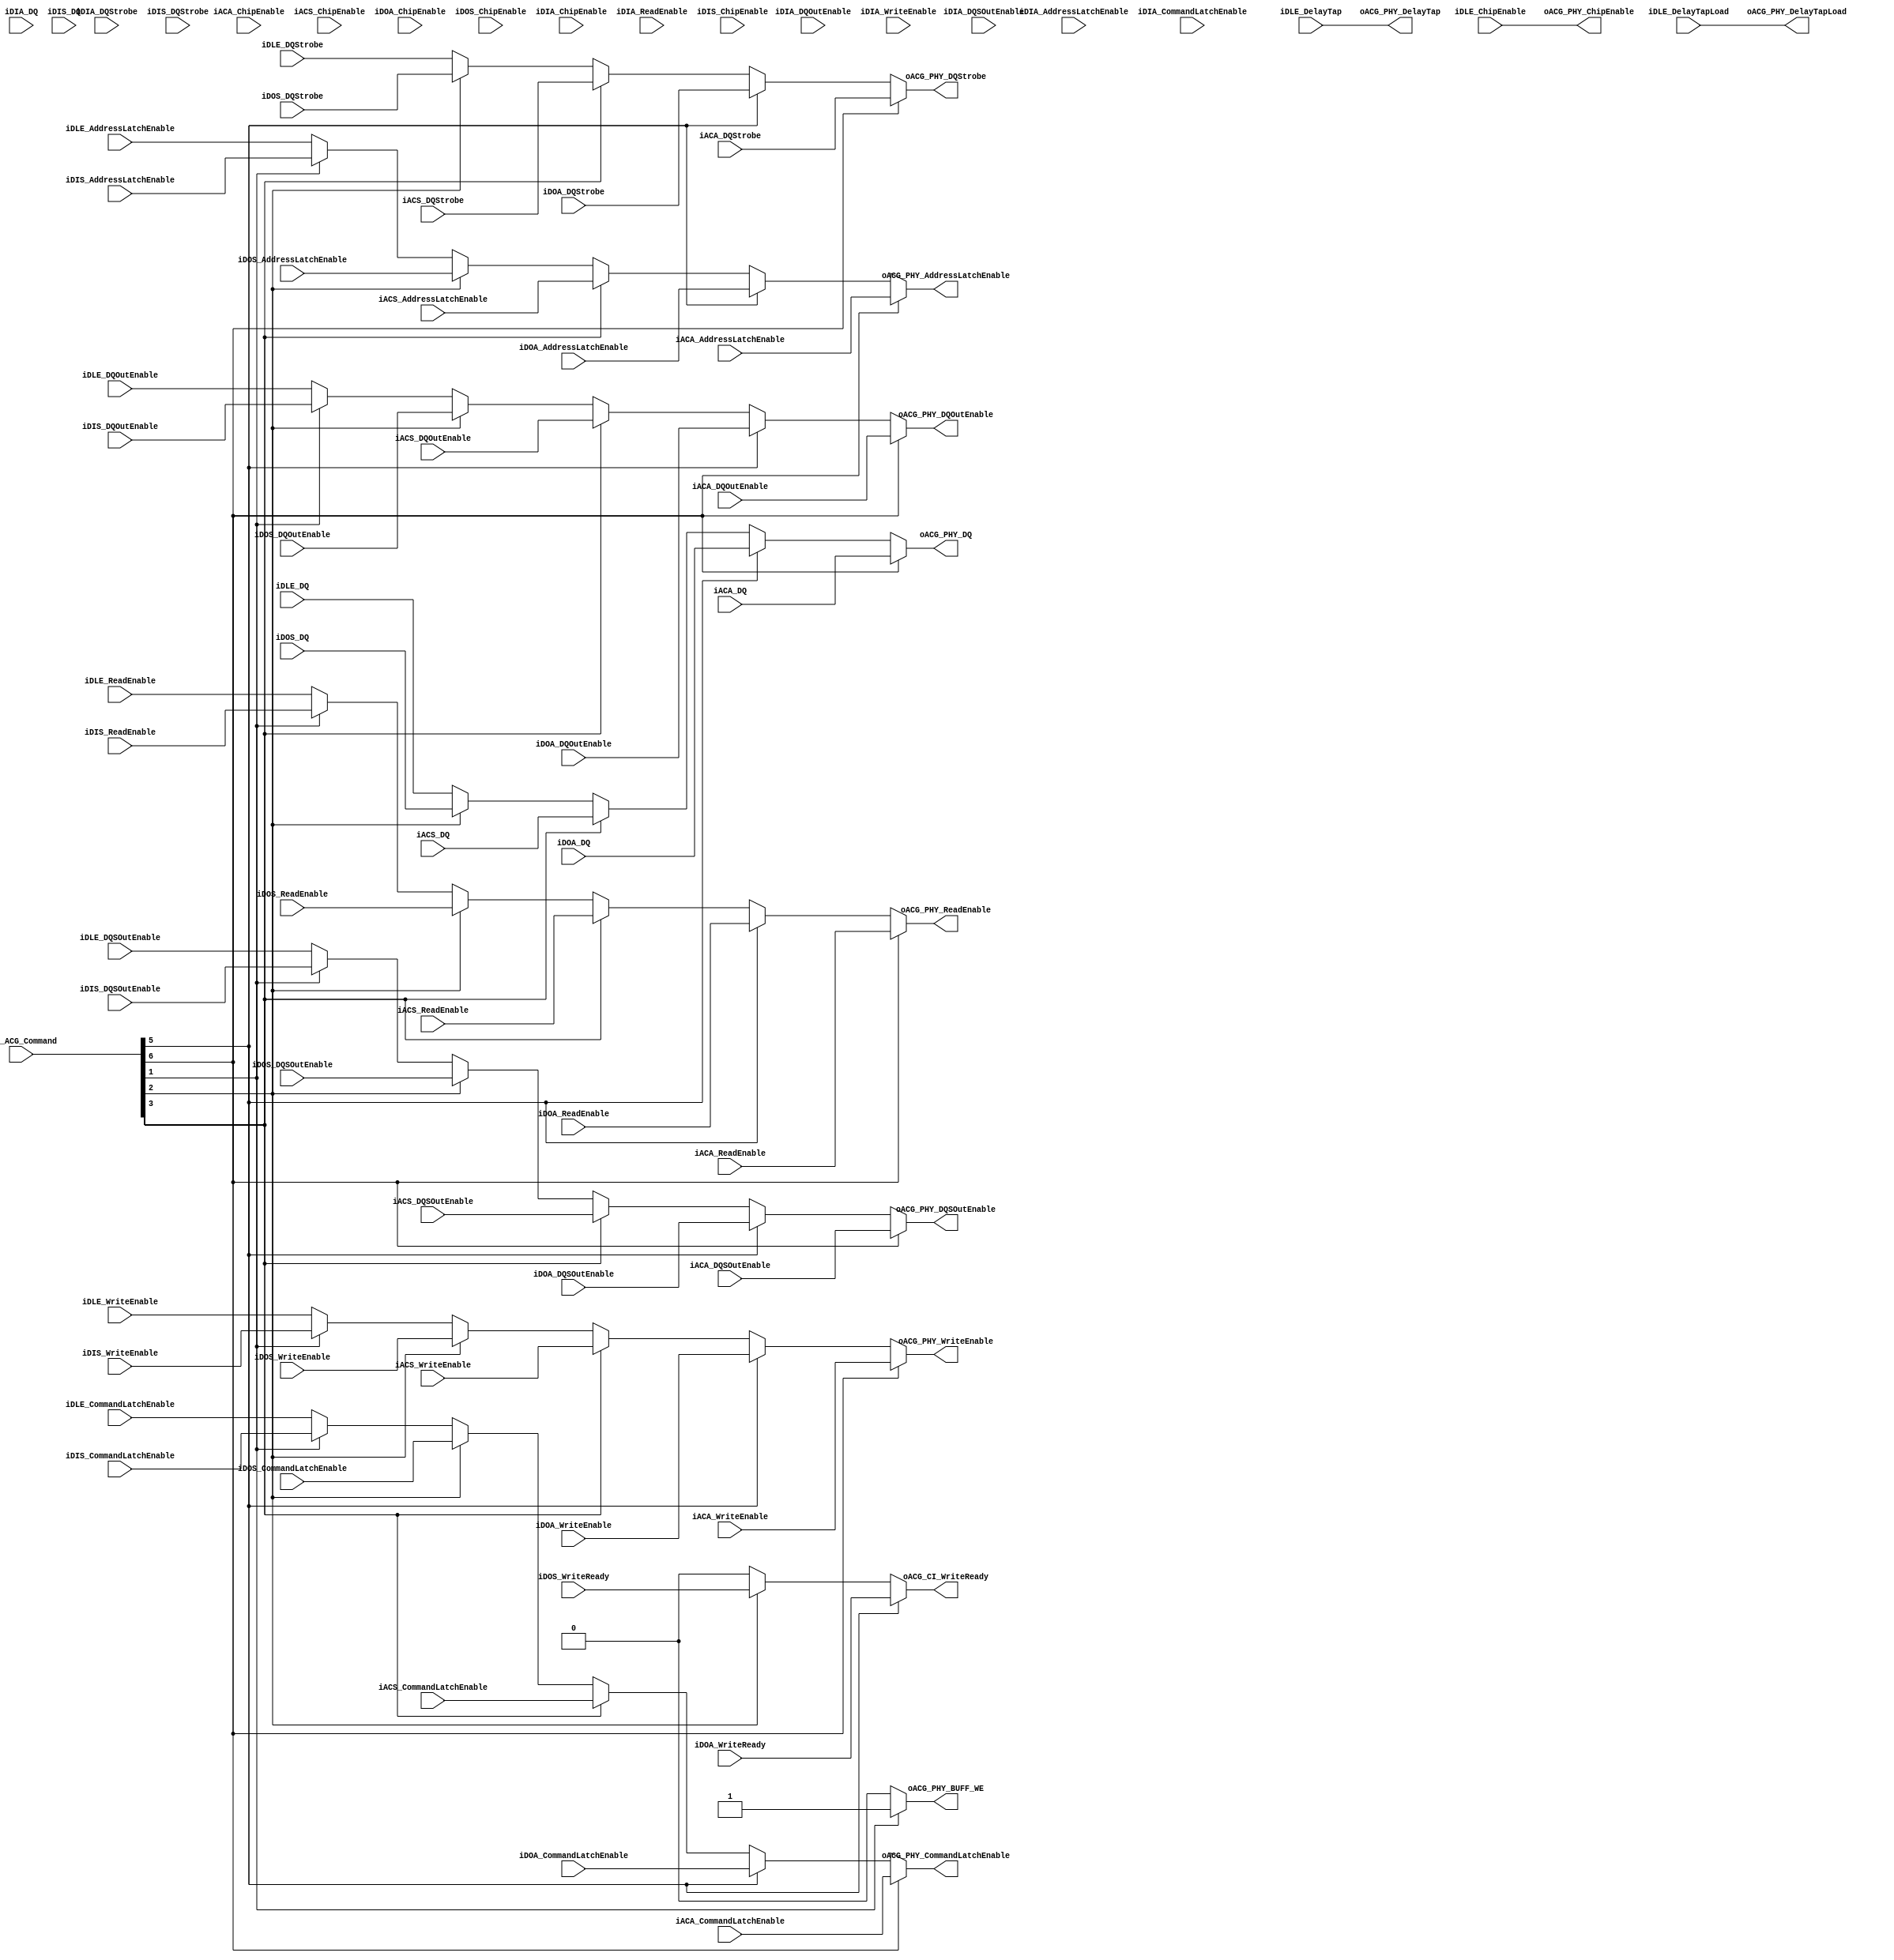
`timescale 1ns / 1ps

module NFC_Atom_Command_Generator_to_Physical_Mux
#
(
    parameter NumberOfWays    =   4
)
(
    iCI_ACG_Command             ,

    // iCI_ACG_WriteData           ,
    // iCI_ACG_WriteLast           ,
    // iCI_ACG_WriteValid          ,
    oACG_CI_WriteReady          ,

    iDLE_DQSOutEnable           ,
    iDLE_DQOutEnable            ,
    iDLE_DQStrobe               ,
    iDLE_DQ                     ,
    iDLE_ChipEnable             ,
    iDLE_ReadEnable             ,
    iDLE_WriteEnable            ,
    iDLE_AddressLatchEnable     ,
    iDLE_CommandLatchEnable     ,

    iDLE_DelayTapLoad           ,
    iDLE_DelayTap               ,

    iACA_DQSOutEnable           ,
    iACA_DQOutEnable            ,
    iACA_DQStrobe               ,
    iACA_DQ                     ,
    iACA_ChipEnable             ,
    iACA_ReadEnable             ,
    iACA_WriteEnable            ,
    iACA_AddressLatchEnable     ,
    iACA_CommandLatchEnable     ,

    iACS_DQSOutEnable           ,
    iACS_DQOutEnable            ,
    iACS_DQStrobe               ,
    iACS_DQ                     ,
    iACS_ChipEnable             ,
    iACS_ReadEnable             ,
    iACS_WriteEnable            ,
    iACS_AddressLatchEnable     ,
    iACS_CommandLatchEnable     ,

    // oDOA_WriteData              ,
    // oDOA_WriteLast              ,
    // oDOA_WriteValid             ,
    iDOA_WriteReady             ,

    iDOA_DQSOutEnable           ,
    iDOA_DQOutEnable            ,
    iDOA_DQStrobe               ,
    iDOA_DQ                     ,
    iDOA_ChipEnable             ,
    iDOA_ReadEnable             ,
    iDOA_WriteEnable            ,
    iDOA_AddressLatchEnable     ,
    iDOA_CommandLatchEnable     ,

    // oDOS_WriteData              ,
    // oDOS_WriteLast              ,
    // oDOS_WriteValid             ,
    iDOS_WriteReady             ,

    iDOS_DQSOutEnable           ,
    iDOS_DQOutEnable            ,
    iDOS_DQStrobe               ,
    iDOS_DQ                     ,
    iDOS_ChipEnable             ,
    iDOS_ReadEnable             ,
    iDOS_WriteEnable            ,
    iDOS_AddressLatchEnable     ,
    iDOS_CommandLatchEnable     ,

    iDIA_DQSOutEnable           ,
    iDIA_DQOutEnable            ,
    iDIA_DQStrobe               ,
    iDIA_DQ                     ,
    iDIA_ChipEnable             ,
    iDIA_ReadEnable             ,
    iDIA_WriteEnable            ,
    iDIA_AddressLatchEnable     ,
    iDIA_CommandLatchEnable     ,

    iDIS_DQSOutEnable           ,
    iDIS_DQOutEnable            ,
    iDIS_DQStrobe               ,
    iDIS_DQ                     ,
    iDIS_ChipEnable             ,
    iDIS_ReadEnable             ,
    iDIS_WriteEnable            ,
    iDIS_AddressLatchEnable     ,
    iDIS_CommandLatchEnable     ,

    oACG_PHY_DQSOutEnable       ,
    oACG_PHY_DQOutEnable        ,
    oACG_PHY_DQStrobe           ,
    oACG_PHY_DQ                 ,
    oACG_PHY_ChipEnable         ,
    oACG_PHY_ReadEnable         ,
    oACG_PHY_WriteEnable        ,
    oACG_PHY_AddressLatchEnable ,
    oACG_PHY_CommandLatchEnable ,

    oACG_PHY_BUFF_WE            ,

    oACG_PHY_DelayTapLoad       ,
    oACG_PHY_DelayTap           


);
    input  [7:0]                   iCI_ACG_Command             ;

    // input   [31:0]                 iCI_ACG_WriteData           ;
    // input                          iCI_ACG_WriteLast           ;
    // input                          iCI_ACG_WriteValid          ;
    output                         oACG_CI_WriteReady          ;

    input                          iDLE_DQSOutEnable           ;
    input                          iDLE_DQOutEnable            ;
    input  [7:0]                   iDLE_DQStrobe               ;
    input  [31:0]                  iDLE_DQ                     ;
    input  [2*NumberOfWays - 1:0]  iDLE_ChipEnable             ;
    input  [3:0]                   iDLE_ReadEnable             ;
    input  [3:0]                   iDLE_WriteEnable            ;
    input  [3:0]                   iDLE_AddressLatchEnable     ;
    input  [3:0]                   iDLE_CommandLatchEnable     ;

    input                          iDLE_DelayTapLoad           ;
    input  [4:0]                   iDLE_DelayTap               ;

    input                          iACA_DQSOutEnable           ;
    input                          iACA_DQOutEnable            ;
    input  [7:0]                   iACA_DQStrobe               ;
    input  [31:0]                  iACA_DQ                     ;
    input  [2*NumberOfWays - 1:0]  iACA_ChipEnable             ;
    input  [3:0]                   iACA_ReadEnable             ;
    input  [3:0]                   iACA_WriteEnable            ;
    input  [3:0]                   iACA_AddressLatchEnable     ;
    input  [3:0]                   iACA_CommandLatchEnable     ;

    input                          iACS_DQSOutEnable           ;
    input                          iACS_DQOutEnable            ;
    input  [7:0]                   iACS_DQStrobe               ;
    input  [31:0]                  iACS_DQ                     ;
    input  [2*NumberOfWays - 1:0]  iACS_ChipEnable             ;
    input  [3:0]                   iACS_ReadEnable             ;
    input  [3:0]                   iACS_WriteEnable            ;
    input  [3:0]                   iACS_AddressLatchEnable     ;
    input  [3:0]                   iACS_CommandLatchEnable     ;

    // output   [31:0]                oDOA_WriteData              ;
    // output                         oDOA_WriteLast              ;
    // output                         oDOA_WriteValid             ;
    input                          iDOA_WriteReady             ;

    input                          iDOA_DQSOutEnable           ;
    input                          iDOA_DQOutEnable            ;
    input  [7:0]                   iDOA_DQStrobe               ;
    input  [31:0]                  iDOA_DQ                     ;
    input  [2*NumberOfWays - 1:0]  iDOA_ChipEnable             ;
    input  [3:0]                   iDOA_ReadEnable             ;
    input  [3:0]                   iDOA_WriteEnable            ;
    input  [3:0]                   iDOA_AddressLatchEnable     ;
    input  [3:0]                   iDOA_CommandLatchEnable     ;

    // output   [31:0]                oDOS_WriteData              ;
    // output                         oDOS_WriteLast              ;
    // output                         oDOS_WriteValid             ;
    input                          iDOS_WriteReady             ;

    input                          iDOS_DQSOutEnable           ;
    input                          iDOS_DQOutEnable            ;
    input  [7:0]                   iDOS_DQStrobe               ;
    input  [31:0]                  iDOS_DQ                     ;
    input  [2*NumberOfWays - 1:0]  iDOS_ChipEnable             ;
    input  [3:0]                   iDOS_ReadEnable             ;
    input  [3:0]                   iDOS_WriteEnable            ;
    input  [3:0]                   iDOS_AddressLatchEnable     ;
    input  [3:0]                   iDOS_CommandLatchEnable     ;

    input                          iDIA_DQSOutEnable           ;
    input                          iDIA_DQOutEnable            ;
    input  [7:0]                   iDIA_DQStrobe               ;
    input  [31:0]                  iDIA_DQ                     ;
    input  [2*NumberOfWays - 1:0]  iDIA_ChipEnable             ;
    input  [3:0]                   iDIA_ReadEnable             ;
    input  [3:0]                   iDIA_WriteEnable            ;
    input  [3:0]                   iDIA_AddressLatchEnable     ;
    input  [3:0]                   iDIA_CommandLatchEnable     ;

    input                          iDIS_DQSOutEnable           ;
    input                          iDIS_DQOutEnable            ;
    input  [7:0]                   iDIS_DQStrobe               ;
    input  [31:0]                  iDIS_DQ                     ;
    input  [2*NumberOfWays - 1:0]  iDIS_ChipEnable             ;
    input  [3:0]                   iDIS_ReadEnable             ;
    input  [3:0]                   iDIS_WriteEnable            ;
    input  [3:0]                   iDIS_AddressLatchEnable     ;
    input  [3:0]                   iDIS_CommandLatchEnable     ;

    output                         oACG_PHY_DQSOutEnable       ;
    output                         oACG_PHY_DQOutEnable        ;
    output  [7:0]                  oACG_PHY_DQStrobe           ;
    output  [31:0]                 oACG_PHY_DQ                 ;
    output  [2*NumberOfWays - 1:0] oACG_PHY_ChipEnable         ;
    output  [3:0]                  oACG_PHY_ReadEnable         ;
    output  [3:0]                  oACG_PHY_WriteEnable        ;
    output  [3:0]                  oACG_PHY_AddressLatchEnable ;
    output  [3:0]                  oACG_PHY_CommandLatchEnable ;

    output                         oACG_PHY_BUFF_WE            ;

    output                         oACG_PHY_DelayTapLoad       ;
    output  [4:0]                  oACG_PHY_DelayTap           ;

    reg                            rACG_CI_WriteReady          ;

    // reg   [31:0]                   rDOA_WriteData              ;
    // reg                            rDOA_WriteLast              ;
    // reg                            rDOA_WriteValid             ;

    // reg   [31:0]                   rDOS_WriteData              ;
    // reg                            rDOS_WriteLast              ;
    // reg                            rDOS_WriteValid             ;

    reg                            rACG_PHY_DQSOutEnable       ;
    reg                            rACG_PHY_DQOutEnable        ;
    reg  [7:0]                     rACG_PHY_DQStrobe           ;
    reg  [31:0]                    rACG_PHY_DQ                 ;
    reg  [2*NumberOfWays - 1:0]    rACG_PHY_ChipEnable         ;
    reg  [3:0]                     rACG_PHY_ReadEnable         ;
    reg  [3:0]                     rACG_PHY_WriteEnable        ;
    reg  [3:0]                     rACG_PHY_AddressLatchEnable ;
    reg  [3:0]                     rACG_PHY_CommandLatchEnable ;

    reg                            rACG_PHY_BUFF_WE            ;

    reg                            rACG_PHY_DelayTapLoad       ;
    reg  [4:0]                     rACG_PHY_DelayTap           ;
    // iCI_ACG_Command[6]: C/A Latch async
    // iCI_ACG_Command[5]: Data Out  async
    // iCI_ACG_Command[4]: Data In   async

    // iCI_ACG_Command[3]: C/A Latch sync
    // iCI_ACG_Command[2]: Data Out  sync
    // iCI_ACG_Command[1]: Data In   sync

    // iCI_ACG_Command[0]: Timer
    
    always @ (*) begin
        if          (iCI_ACG_Command[6]) begin rACG_PHY_DQSOutEnable <= iACA_DQSOutEnable;
        end else if (iCI_ACG_Command[5]) begin rACG_PHY_DQSOutEnable <= iDOA_DQSOutEnable;
        // end else if (iCI_ACG_Command[4]) begin rACG_PHY_DQSOutEnable <= iDIA_DQSOutEnable;
        end else if (iCI_ACG_Command[3]) begin rACG_PHY_DQSOutEnable <= iACS_DQSOutEnable;
        end else if (iCI_ACG_Command[2]) begin rACG_PHY_DQSOutEnable <= iDOS_DQSOutEnable;
        end else if (iCI_ACG_Command[1]) begin rACG_PHY_DQSOutEnable <= iDIS_DQSOutEnable;
        // end else if (iCI_ACG_Command[0]) begin rACG_PHY_DQSOutEnable <= iDLE_DQSOutEnable;
        end else                         begin rACG_PHY_DQSOutEnable <= iDLE_DQSOutEnable;
        end
    end

    always @ (*) begin
        if          (iCI_ACG_Command[6]) begin rACG_PHY_DQOutEnable <= iACA_DQOutEnable;
        end else if (iCI_ACG_Command[5]) begin rACG_PHY_DQOutEnable <= iDOA_DQOutEnable;
        // end else if (iCI_ACG_Command[4]) begin rACG_PHY_DQOutEnable <= iDIA_DQOutEnable;
        end else if (iCI_ACG_Command[3]) begin rACG_PHY_DQOutEnable <= iACS_DQOutEnable;
        end else if (iCI_ACG_Command[2]) begin rACG_PHY_DQOutEnable <= iDOS_DQOutEnable;
        end else if (iCI_ACG_Command[1]) begin rACG_PHY_DQOutEnable <= iDIS_DQOutEnable;
        // end else if (iCI_ACG_Command[0]) begin rACG_PHY_DQOutEnable <= iDLE_DQOutEnable;
        end else                         begin rACG_PHY_DQOutEnable <= iDLE_DQOutEnable;
        end
    end

    always @ (*) begin
        if          (iCI_ACG_Command[6]) begin rACG_PHY_DQStrobe <= iACA_DQStrobe;
        end else if (iCI_ACG_Command[5]) begin rACG_PHY_DQStrobe <= iDOA_DQStrobe;
        // end else if (iCI_ACG_Command[4]) begin rACG_PHY_DQStrobe <= iDIA_DQStrobe;
        end else if (iCI_ACG_Command[3]) begin rACG_PHY_DQStrobe <= iACS_DQStrobe;
        end else if (iCI_ACG_Command[2]) begin rACG_PHY_DQStrobe <= iDOS_DQStrobe;
        // end else if (iCI_ACG_Command[1]) begin rACG_PHY_DQStrobe <= iDIS_DQStrobe;
        // end else if (iCI_ACG_Command[0]) begin rACG_PHY_DQStrobe <= iDLE_DQStrobe;
        end else                         begin rACG_PHY_DQStrobe <= iDLE_DQStrobe;
        end
    end

    always @ (*) begin
        if          (iCI_ACG_Command[6]) begin rACG_PHY_DQ <= iACA_DQ;
        end else if (iCI_ACG_Command[5]) begin rACG_PHY_DQ <= iDOA_DQ;
        // end else if (iCI_ACG_Command[4]) begin rACG_PHY_DQ <= iDIA_DQ;
        end else if (iCI_ACG_Command[3]) begin rACG_PHY_DQ <= iACS_DQ;
        end else if (iCI_ACG_Command[2]) begin rACG_PHY_DQ <= iDOS_DQ;
        // end else if (iCI_ACG_Command[1]) begin rACG_PHY_DQ <= iDIS_DQ;
        // end else if (iCI_ACG_Command[0]) begin rACG_PHY_DQ <= iDLE_DQ;
        end else                         begin rACG_PHY_DQ <= iDLE_DQ;
        end
    end

    always @ (*) begin
        // if          (iCI_ACG_Command[6]) begin rACG_PHY_ChipEnable <= iACA_ChipEnable;
        // end else if (iCI_ACG_Command[5]) begin rACG_PHY_ChipEnable <= iDOA_ChipEnable;
        // end else if (iCI_ACG_Command[4]) begin rACG_PHY_ChipEnable <= iDIA_ChipEnable;
        // end else if (iCI_ACG_Command[3]) begin rACG_PHY_ChipEnable <= iACS_ChipEnable;
        // end else if (iCI_ACG_Command[2]) begin rACG_PHY_ChipEnable <= iDOS_ChipEnable;
        // end else if (iCI_ACG_Command[1]) begin rACG_PHY_ChipEnable <= iDIS_ChipEnable;
        // end else if (iCI_ACG_Command[0]) begin rACG_PHY_ChipEnable <= iDLE_ChipEnable;
        // end else                         begin 
        rACG_PHY_ChipEnable <= iDLE_ChipEnable;
        // end
    end

    always @ (*) begin
        if          (iCI_ACG_Command[6]) begin rACG_PHY_ReadEnable <= iACA_ReadEnable;
        end else if (iCI_ACG_Command[5]) begin rACG_PHY_ReadEnable <= iDOA_ReadEnable;
        // end else if (iCI_ACG_Command[4]) begin rACG_PHY_ReadEnable <= iDIA_ReadEnable;
        end else if (iCI_ACG_Command[3]) begin rACG_PHY_ReadEnable <= iACS_ReadEnable;
        end else if (iCI_ACG_Command[2]) begin rACG_PHY_ReadEnable <= iDOS_ReadEnable;
        end else if (iCI_ACG_Command[1]) begin rACG_PHY_ReadEnable <= iDIS_ReadEnable;
        // end else if (iCI_ACG_Command[0]) begin rACG_PHY_ReadEnable <= iDLE_ReadEnable;
        end else                         begin rACG_PHY_ReadEnable <= iDLE_ReadEnable;
        end
    end

    always @ (*) begin
        if          (iCI_ACG_Command[6]) begin rACG_PHY_WriteEnable <= iACA_WriteEnable;
        end else if (iCI_ACG_Command[5]) begin rACG_PHY_WriteEnable <= iDOA_WriteEnable;
        // end else if (iCI_ACG_Command[4]) begin rACG_PHY_WriteEnable <= iDIA_WriteEnable;
        end else if (iCI_ACG_Command[3]) begin rACG_PHY_WriteEnable <= iACS_WriteEnable;
        end else if (iCI_ACG_Command[2]) begin rACG_PHY_WriteEnable <= iDOS_WriteEnable;
        end else if (iCI_ACG_Command[1]) begin rACG_PHY_WriteEnable <= iDIS_WriteEnable;
        // end else if (iCI_ACG_Command[0]) begin rACG_PHY_WriteEnable <= iDLE_WriteEnable;
        end else                         begin rACG_PHY_WriteEnable <= iDLE_WriteEnable;
        end
    end

    always @ (*) begin
        if          (iCI_ACG_Command[6]) begin rACG_PHY_AddressLatchEnable <= iACA_AddressLatchEnable;
        end else if (iCI_ACG_Command[5]) begin rACG_PHY_AddressLatchEnable <= iDOA_AddressLatchEnable;
        // end else if (iCI_ACG_Command[4]) begin rACG_PHY_AddressLatchEnable <= iDIA_AddressLatchEnable;
        end else if (iCI_ACG_Command[3]) begin rACG_PHY_AddressLatchEnable <= iACS_AddressLatchEnable;
        end else if (iCI_ACG_Command[2]) begin rACG_PHY_AddressLatchEnable <= iDOS_AddressLatchEnable;
        end else if (iCI_ACG_Command[1]) begin rACG_PHY_AddressLatchEnable <= iDIS_AddressLatchEnable;
        // end else if (iCI_ACG_Command[0]) begin rACG_PHY_AddressLatchEnable <= iDLE_AddressLatchEnable;
        end else                         begin rACG_PHY_AddressLatchEnable <= iDLE_AddressLatchEnable;
        end
    end

    always @ (*) begin
        if          (iCI_ACG_Command[6]) begin rACG_PHY_CommandLatchEnable <= iACA_CommandLatchEnable;
        end else if (iCI_ACG_Command[5]) begin rACG_PHY_CommandLatchEnable <= iDOA_CommandLatchEnable;
        // end else if (iCI_ACG_Command[4]) begin rACG_PHY_CommandLatchEnable <= iDIA_CommandLatchEnable;
        end else if (iCI_ACG_Command[3]) begin rACG_PHY_CommandLatchEnable <= iACS_CommandLatchEnable;
        end else if (iCI_ACG_Command[2]) begin rACG_PHY_CommandLatchEnable <= iDOS_CommandLatchEnable;
        end else if (iCI_ACG_Command[1]) begin rACG_PHY_CommandLatchEnable <= iDIS_CommandLatchEnable;
        // end else if (iCI_ACG_Command[0]) begin rACG_PHY_CommandLatchEnable <= iDLE_CommandLatchEnable;
        end else                         begin rACG_PHY_CommandLatchEnable <= iDLE_CommandLatchEnable;
        end
    end


    always @ (*) begin
        // if          (iCI_ACG_Command[6]) begin rACG_CI_WriteReady <= iACA_CommandLatchEnable;
        // end else 
        if          (iCI_ACG_Command[5]) begin rACG_CI_WriteReady <= iDOA_WriteReady;
        // end else if (iCI_ACG_Command[4]) begin rACG_CI_WriteReady <= iDIA_CommandLatchEnable;
        // end else if (iCI_ACG_Command[3]) begin rACG_CI_WriteReady <= iACS_CommandLatchEnable;
        end else if (iCI_ACG_Command[2]) begin rACG_CI_WriteReady <= iDOS_WriteReady;
        // end else if (iCI_ACG_Command[1]) begin rACG_CI_WriteReady <= iDIS_CommandLatchEnable;
        // end else if (iCI_ACG_Command[0]) begin rACG_CI_WriteReady <= iDLE_CommandLatchEnable;
        end else                         begin rACG_CI_WriteReady <= 1'b0;
        end
    end

    always @ (*) begin

                 if (iCI_ACG_Command[1]) begin rACG_PHY_BUFF_WE <= 1'b1;
        end else                         begin rACG_PHY_BUFF_WE <= 1'b0;
        end
    end

    assign oACG_PHY_DQSOutEnable           = rACG_PHY_DQSOutEnable           ;   
    assign oACG_PHY_DQOutEnable            = rACG_PHY_DQOutEnable            ;   
    assign oACG_PHY_DQStrobe               = rACG_PHY_DQStrobe               ;   
    assign oACG_PHY_DQ                     = rACG_PHY_DQ                     ;   
    assign oACG_PHY_ChipEnable             = rACG_PHY_ChipEnable             ;   
    assign oACG_PHY_ReadEnable             = rACG_PHY_ReadEnable             ;   
    assign oACG_PHY_WriteEnable            = rACG_PHY_WriteEnable            ;   
    assign oACG_PHY_AddressLatchEnable     = rACG_PHY_AddressLatchEnable     ;   
    assign oACG_PHY_CommandLatchEnable     = rACG_PHY_CommandLatchEnable     ;   

    assign oACG_PHY_DelayTapLoad           = iDLE_DelayTapLoad               ;
    assign oACG_PHY_DelayTap               = iDLE_DelayTap                   ;

    assign oACG_CI_WriteReady              = rACG_CI_WriteReady              ;

    assign oACG_PHY_BUFF_WE                = rACG_PHY_BUFF_WE                ;
endmodule